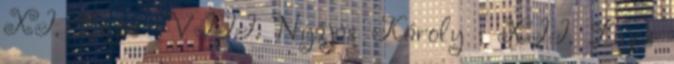
XI. Lajos · VIII. Nyájas Károly · XII. Lajos